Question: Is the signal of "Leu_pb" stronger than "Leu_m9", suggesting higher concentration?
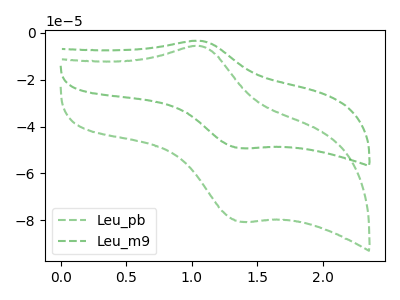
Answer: <think>The green dashed curve "Leu_pb" has an anodic peak at (1.05V, -5.70uA) and a cathodic peak at (1.35V, -80.55uA). The green dashed curve "Leu_m9" has an anodic peak at (1.05V, -3.45uA) and a cathodic peak at (1.35V, -49.20uA).
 All the peaks in "Leu_pb" have a peak in "Leu_m9" at the same potential.</think>
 <answer>I cant tell if "Leu_pb" or "Leu_m9" has higher concentration.</answer>
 <eval>mixed_concentration</eval>